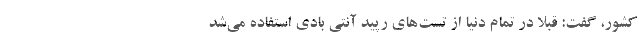
کشور، گفت: قبلا در تمام دنیا از تست‌های رپید آنتی بادی استفاده می‌شد